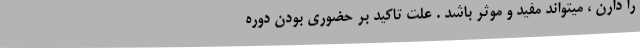
را دارن ، میتواند مفید و موثر باشد . علت تاکید بر حضوری بودن دوره